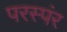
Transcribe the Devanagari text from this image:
परस्पंर